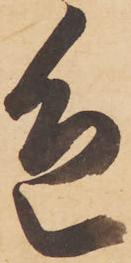
色